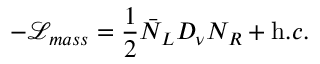
- { \mathcal L } _ { m a s s } = \frac { 1 } { 2 } \bar { N } _ { L } D _ { \nu } N _ { R } + { \mathrm h . c . }